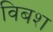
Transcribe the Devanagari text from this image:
विबश